Vaccination United Provinces of Agra and Oudh 1902-1913 - 1902-1913
Year: 1902
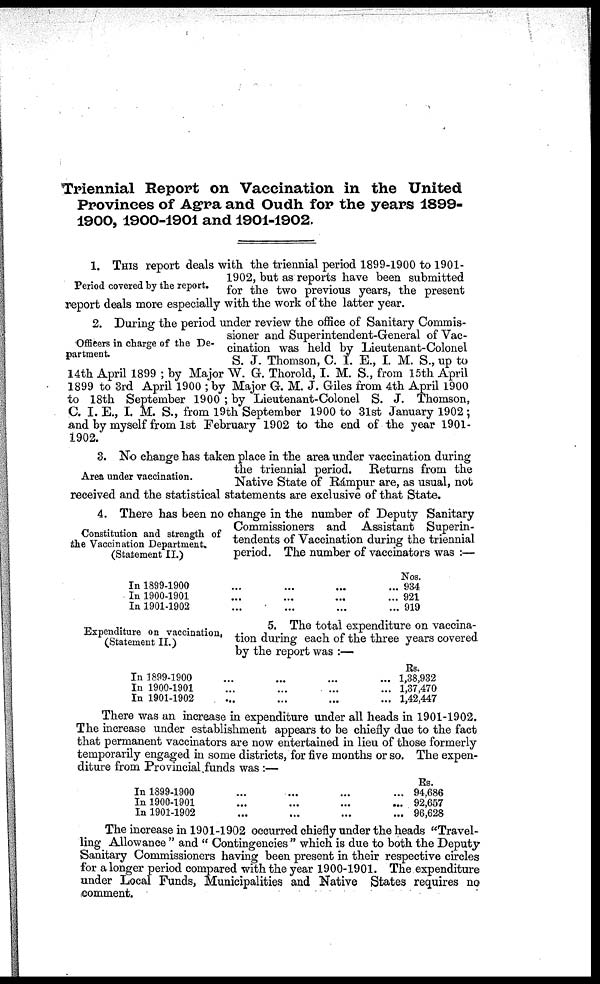
Triennial Report on Vaccination in the United
Provinces of Agra and Oudh for the years 1899-
1900, 1900-1901 and 1901-1902.
Period covered by the report.
1. This report deals with the triennial period 1899-1900 to 1901-
1902, but as reports have been submitted
for the two previous years, the present
report deals more especially with the work of the latter year.
Officers in charge of the De-
partment.
2. During the period under review the office of Sanitary Commis-
sioner and Superintendent-General of Vac-
cination was held by Lieutenant-Colonel
S. J. Thomson, C. I. E., I. M. S., up to
14th April 1899 ; by Major W. G. Thorold, I. M. S., from 15th April
1899 to 3rd April 1900 ; by Major G. M. J. Giles from 4th April 1900
to 18th September 1900 ; by Lieutenant-Colonel S. J. Thomson,
C. I.E., I. M. S., from 19th September 1900 to 31st January 1902;
and by myself from 1st February 1902 to the end of the year 1901-
1902.
Area under vaccination.
3. No change has taken place in the area under vaccination during
the triennial period. Returns from the
Native State of Rámpur are, as usual, not
received and the statistical statements are exclusive of that State.
Constitution and strength of
the Vaccination Department.
(Statement II.)
4. There has been no change in the number of Deputy Sanitary
Commissioners and Assistant Superin-
tendents of Vaccination during the triennial
period. The number of vaccinators was :—
In 1899-1900 ... ... ... ...
In 1900-1901 ... ... ... ...
In 1901-1902 ... ... ... ...
Nos.
934
921
919
Expenditure on vaccination,
(Statement II.)
5. The total expenditure on vaccina-
tion during each of the three years covered
by the report was :—
In 1899-1900 ... ... ... ...
In 1900-1901 ... ... ... ...
In 1901-1902 ... ... ... ...
Rs.
1,38,932
1,37,470
1,42,447
There was an increase in expenditure under all heads in 1901-1902.
The increase under establishment appears to be chiefly due to the fact
that permanent vaccinators are now entertained in lieu of those formerly
temporarily engaged in some districts, for five months or so. The expen-
diture from Provincial funds was :—
In 1899-1900
...
...
...
...
In 1900-1901
...
...
...
...
In 1901-1902
...
...
...
...
Rs.
94,686
92,657
96,628
The increase in 1901-1902 occurred chiefly under the heads "Travel-
ling Allowance " and " Contingencies " which is due to both the Deputy-
Sanitary Commissioners having been present in their respective circles
for a longer period compared with the year 1900-1901. The expenditure
under Local Funds, Municipalities and Native States requires no
comment.